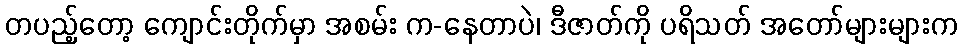
တပည့်တော့ ကျောင်းတိုက်မှာ အစမ်း က-နေတာပဲ၊ ဒီဇာတ်ကို ပရိသတ် အတော်များများက